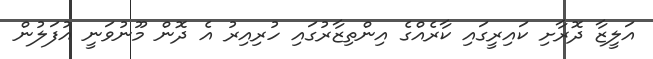
އަލީޒާ ދޮރާށި ކައިރީގައި ކާރެއްގެ އިންތިޒާރުގައި ހުރިއިރު އެ ދޮން މޫނުވަނީ އުފަލުން